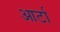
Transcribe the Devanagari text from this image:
आर्टा